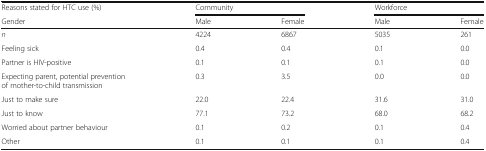
<table><thead><tr><td><b>Reasons stated for HTC use (%)</b></td><td colspan="2"><b>Community</b></td><td colspan="2"><b>Workforce</b></td></tr><tr><td><b>Gender</b></td><td><b>Male</b></td><td><b>Female</b></td><td><b>Male</b></td><td><b>Female</b></td></tr></thead><tbody><tr><td><i>n</i></td><td>4224</td><td>6867</td><td>5035</td><td>261</td></tr><tr><td>Feeling sick</td><td>0.4</td><td>0.4</td><td>0.1</td><td>0.0</td></tr><tr><td>Partner is HIV-positive</td><td>0.1</td><td>0.1</td><td>0.1</td><td>0.0</td></tr><tr><td>Expecting parent, potential prevention of mother-to-child transmission</td><td>0.3</td><td>3.5</td><td>0.0</td><td>0.0</td></tr><tr><td>Just to make sure</td><td>22.0</td><td>22.4</td><td>31.6</td><td>31.0</td></tr><tr><td>Just to know</td><td>77.1</td><td>73.2</td><td>68.0</td><td>68.2</td></tr><tr><td>Worried about partner behaviour</td><td>0.1</td><td>0.2</td><td>0.1</td><td>0.4</td></tr><tr><td>Other</td><td>0.1</td><td>0.1</td><td>0.1</td><td>0.4</td></tr></tbody></table>